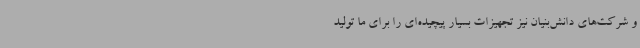
و شرکت‌های دانش‌بنیان نیز تجهیزات بسیار پیچیده‌ای را برای ما تولید